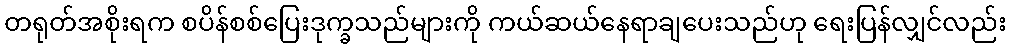
တရုတ်အစိုးရက စပိန်စစ်ပြေးဒုက္ခသည်များကို ကယ်ဆယ်နေရာချပေးသည်ဟု ရေးပြန်လျှင်လည်း